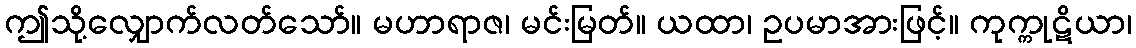
ဤသို့လျှောက်လတ်သော်။ မဟာရာဇ၊ မင်းမြတ်။ ယထာ၊ ဥပမာအားဖြင့်။ ကုက္ကုဋိယာ၊